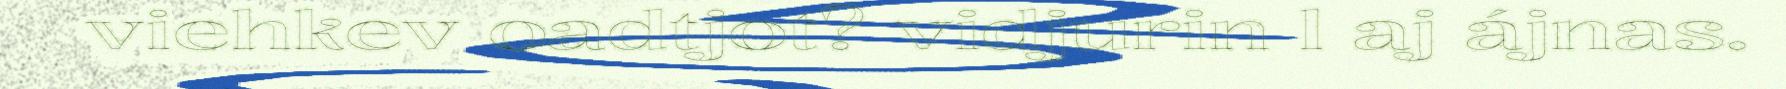
viehkev oadtjot? vidjurin l aj ájnas.